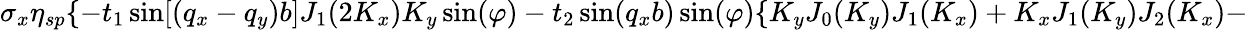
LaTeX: \sigma_{x}\eta_{sp}\{ -t_{1}\sin[(q_{x}-q_{y})b]J_{1}(2K_{x})K_{y}\sin(\varphi)-t_{2}\sin(q_{x}b)\sin(\varphi)\{ K_{y}J_{0}(K_{y})J_{1}(K_{x})+K_{x}J_{1}(K_{y})J_{2}(K_{x})-